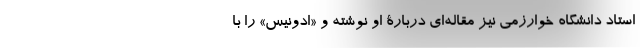
استاد دانشگاه خوارزمی نیز مقاله‌ای دربارۀ او نوشته و «ادونیس» را با